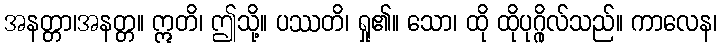
အနတ္တာ၊အနတ္တ။ ဣတိ၊ ဤသို့။ ပဿတိ၊ ရှု၏။ သော၊ ထို ထိုပုဂ္ဂိုလ်သည်။ ကာလေန၊